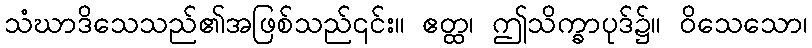
သံဃာဒိသေသည်၏အဖြစ်သည်၎င်း။ ဧတ္ထ၊ ဤသိက္ခာပုဒ်၌။ ဝိသေသော၊